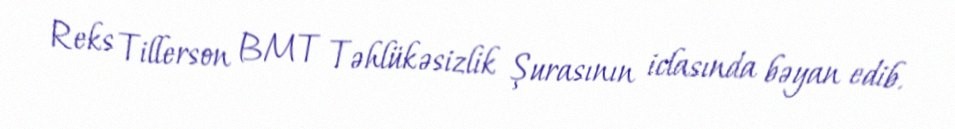
Reks Tillerson BMT Təhlükəsizlik Şurasının iclasında bəyan edib.